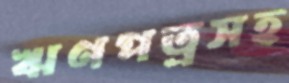
ঋণপত্রসহ